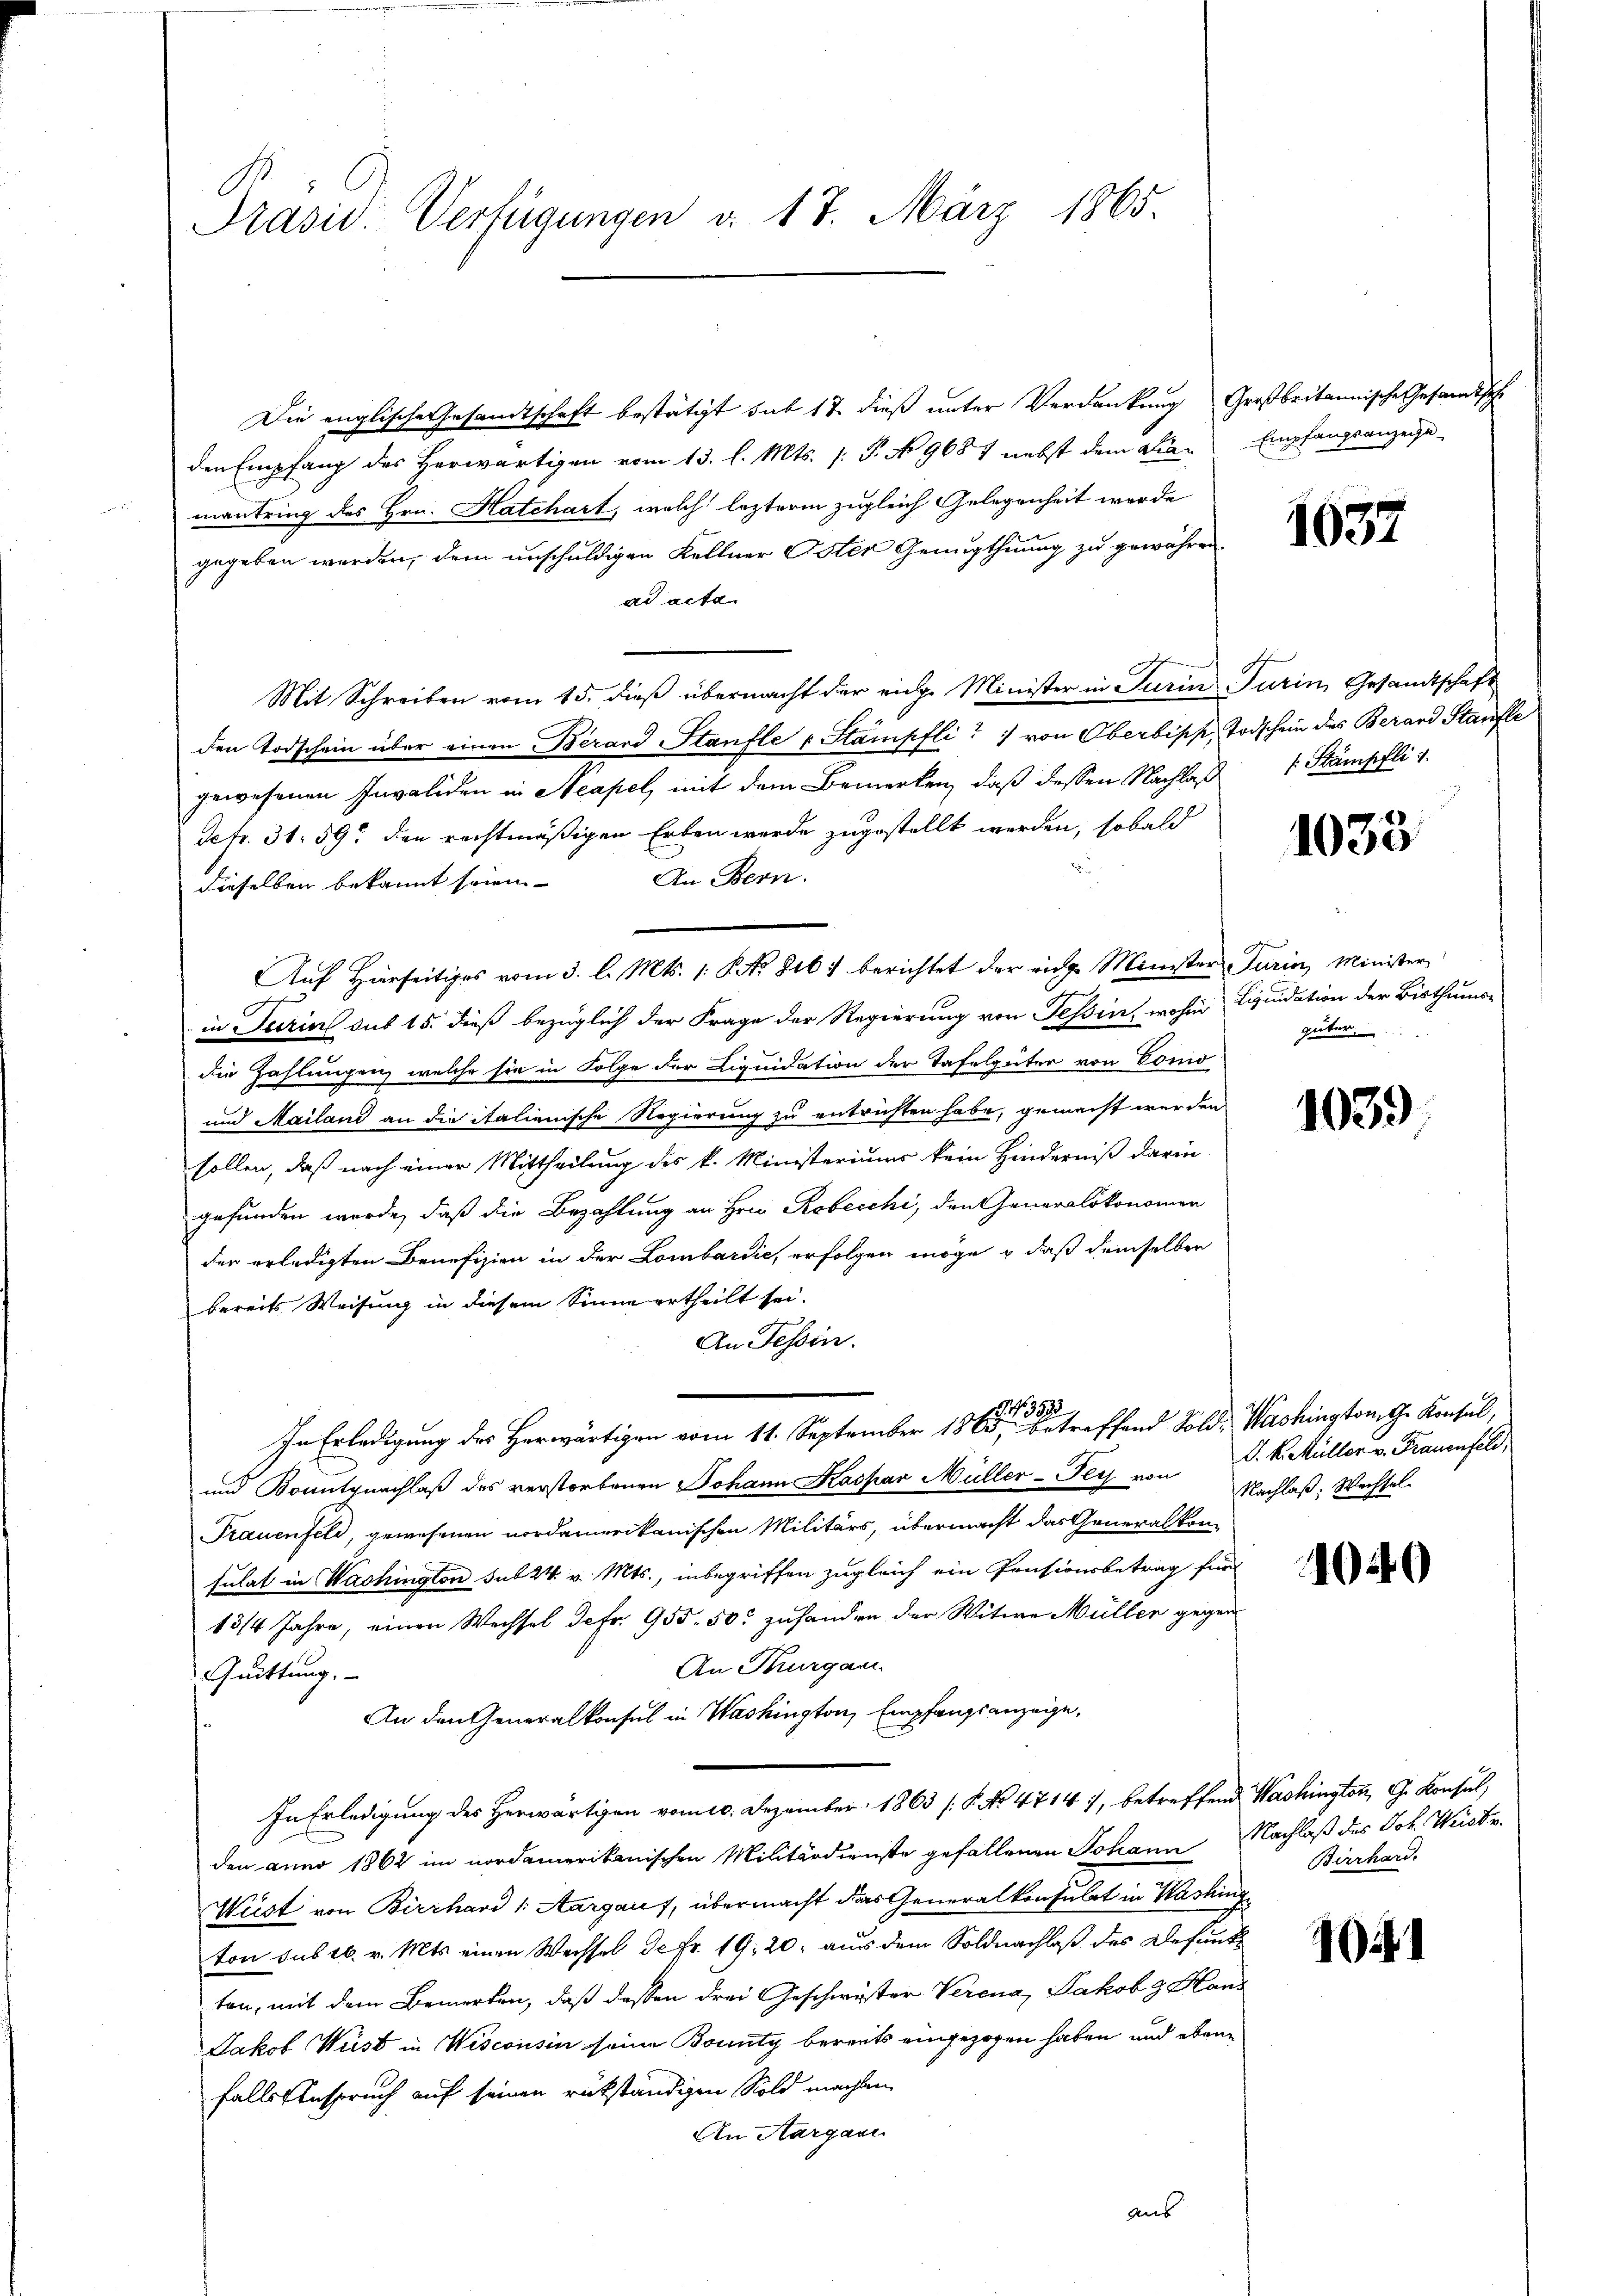
E
Prasis. Verfügungen d. 17. März 1865.

Die englische Gesandtschaft bestätigt sub 17 dieß unter Verdankung Großbritannische Gesandtsche
den Empfang des Herwärtigen vom 13. l. Mts. (: P. No 9687 nebst dem den Empfangsanzeige
mantring des Hrn. Hatchart, welch lezterm zugleich Gelegenheit werde
gegeben werden, dem unschuldigen Kellner Oster Genugthuung zu gewähren.
ad acte.
Mit Schreiben vom 15. dieß übermacht der eine Minister in Turin Turin Gesandtschaft
den Todschein über einen Berand Staufte u Stampfli von Oberbipp, Todschein des Berand Staufte
gewesenen Invaliden in Steapel, mit dem Bemerken, daß dessen Nachlaß
defr. 31. 59 den rechtmäßigen Erben werde zugestellt werden, sobald
An Bern.
dieselben bekannt seien.
Ges
in Jurial sub 15. dieß bezüglich der Frage der Regierung von Tessire, wohin Liquidation der Bisthums-
die Zahlungen, welche sie in Folge der Liquidation der Tafelgüter von Como
und Mailand an die italienische Regierung zu entrichten habe, gemacht werden
sollen, daß nach einer Mittheilung des k. Ministeriums kein Hinderniß darin
gefunden werde, daß die Bezahlung an Hrn. Robecchi, den Generalökonomen
der erledigten Benefizien in der Lombardie, erfolgen möge, daß demselben
bereits Weisung in diesem Sinne ertheilt sei.
An Tessin.
392
In Erledigung des Herwärtigen vom 11. September 1865, betreffend Sold- Washington, G. Konsul,
und Konntgnachlaß des verstorbenen Johann Kaspar Müller-Ges. von P. k. Müller v. Frauenfeld,
Trauenfeld, gewesenen nordamerikanischen Militärs, übermacht das Generalkonsulat in Washington sub 24. v. Mts., inbegriffen zugleich ein Pensionsbetrag für
13/4 Jahre, einen Wechsel defr. 955, 50 zuhanden der Witwe Müller gegen
An Thurgau
Quittung.
An den Generalkonsul in Washington Empfangsanzeige,
In Erledigung des Herwärtigen vom 10. Dezember 1863 (S. No 47147, betreffend Washington, G. Konsul,
den anno 1862 im nordamerikanischen Militärdienste gefallenen Johann Nachlaß des Joh. Weistr.
Weist von Birrhard /: Aargau), übermacht das Generalkonsulat in Washing
ton sub 16. v. Mts. einen Wechsel de Fr. 19. 20, aus dem Soldnachlaß des Befunk
ten, mit dem Bemerken, daß dessen drei Geschwister Verena, Jakob & Hand
Jakob Wüst in Wisconsin seine Bounty bereits eingezogen haben und ebenfalls Anspruch auf seinen rükständigen Sold machten
An Aargane
aus

Auf Hierseitiges vom 3. l. Mts. 1. P. N. 816. berichtet der ringe Minister Turin, Minister

1637

/. Stämpfli 1

1033

güter

1039

Nachlaß; Wechsel

1040

Bierhard.

104